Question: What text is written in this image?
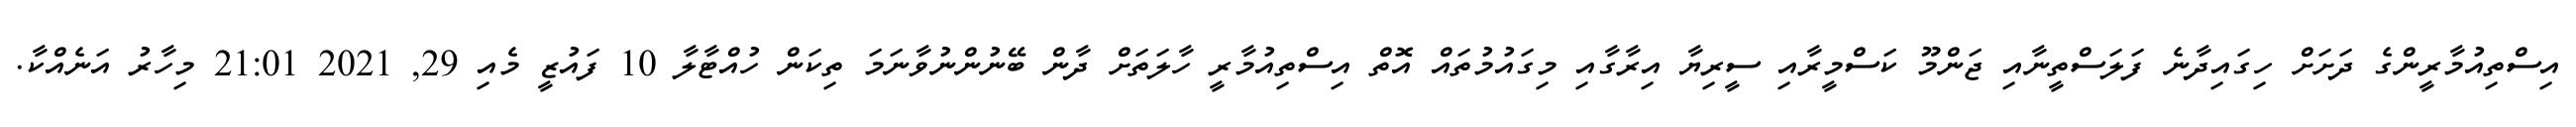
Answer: އިސްތިއުމާރީންގެ ދަށަށް ހިގައިދާނެ ފަލަސްތީނާއި ޖަންމޫ ކަސްމީރާއި ސީރިޔާ އިރާގާއި މިގައުމުތައް އޮތް އިސްތިއުމާރީ ހާލަތަށް ދާން ބޭނުންނުވާނަމަ ތިކަން ހުއްޓާލާ 10 ފައުޒީ މެއި 29, 2021 21:01 މިހާރު އަނެއްކާ.